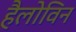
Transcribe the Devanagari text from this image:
हैलोविन